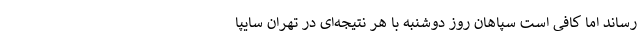
رساند اما کافی است سپاهان روز دوشنبه با هر نتیجه‌ای در تهران سایپا